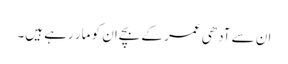
ان سے آدھی عمر کے بچےان کو مار رہے ہیں۔